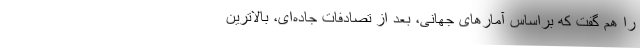
را هم گفت که براساس آمارهای جهانی، بعد از تصادفات جاده‌ای، بالاترین